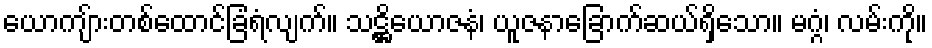
ယောကျ်ားတစ်ထောင်ခြံရံလျက်။ သဋ္ဌိယောဇနံ၊ ယူဇနာခြောက်ဆယ်ရှိသော။ မဂ္ဂံ၊ လမ်းကို။